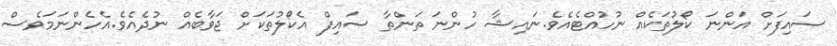
ސައިފަށް އަންނަ ކޯލުތަކެއް ނުހުއްޓެއެވެ.ނައިޝާ ހުންނަ ތަންތާ ސައިފް އެކޯލުތަކަށް ޖަވާބެއް ނުދެއެވެ.އެހެންނަމަވެސް